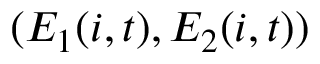
( E _ { 1 } ( i , t ) , E _ { 2 } ( i , t ) )